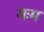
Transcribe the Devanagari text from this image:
मःम